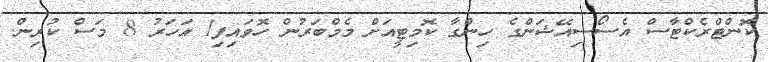
ކޮންޓްރެކްޓާސް އެސޯސިއޭޝަންގެ ހިންގާ ކޮމިޓީއަށް މެމްބަރުން ހޮވައިފި1 އަހަރު 8 މަސް ކުރިން.